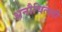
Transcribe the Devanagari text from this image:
अनौचित्यही